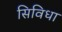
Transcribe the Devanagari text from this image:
सिविधा